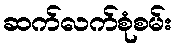
ဆက်လက်စုံစမ်း